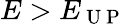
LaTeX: E>E_{\mathrm{~U~P~}}